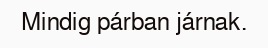
Mindig párban járnak.